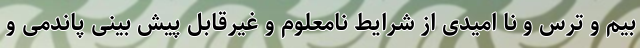
بیم و ترس و نا امیدی از شرایط نامعلوم و غیرقابل پیش بینی پاندمی و